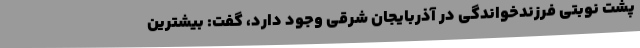
پشت نوبتی فرزندخواندگی در آذربایجان شرقی وجود دارد، گفت: بیشترین